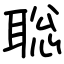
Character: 聡